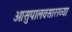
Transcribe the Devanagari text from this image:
आसुपालवसारख्या